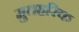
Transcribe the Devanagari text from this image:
मुतहरिक